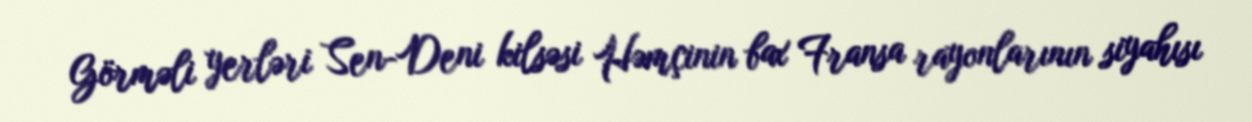
Görməli yerləri Sen-Deni kilsəsi Həmçinin bax Fransa rayonlarının siyahısı